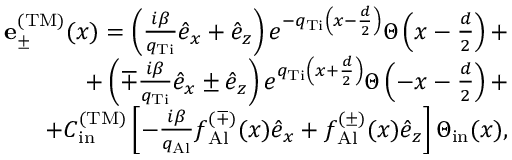
\begin{array} { r l r } & { } & { { \bf e } _ { \pm } ^ { \mathrm { ( T M ) } } ( x ) = \left( \frac { i \beta } { q _ { \mathrm { T i } } } \hat { e } _ { x } + \hat { e } _ { z } \right) e ^ { - q _ { \mathrm { T i } } \left( x - \frac { d } { 2 } \right) } \Theta \left( x - \frac { d } { 2 } \right) + } \\ & { } & { + \left( \mp \frac { i \beta } { q _ { \mathrm { T i } } } \hat { e } _ { x } \pm \hat { e } _ { z } \right) e ^ { q _ { \mathrm { T i } } \left( x + \frac { d } { 2 } \right) } \Theta \left( - x - \frac { d } { 2 } \right) + } \\ & { } & { + { \cal C } _ { \mathrm { i n } } ^ { \mathrm { ( T M ) } } \left[ - \frac { i \beta } { q _ { \mathrm { A l } } } f _ { \mathrm { A l } } ^ { ( \mp ) } ( x ) \hat { e } _ { x } + f _ { \mathrm { A l } } ^ { ( \pm ) } ( x ) \hat { e } _ { z } \right] \Theta _ { \mathrm { i n } } ( x ) , } \end{array}